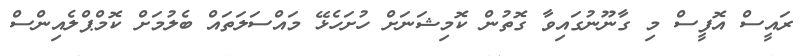
ރައީސް އޮފީސް މި ގާނޫނުގައިވާ ގޮތުން ކޮމިޝަނަށް ހުށަހެޅޭ މައްސަލަތައް ބެލުމަށް ކޮމްޕްލެއިންސް